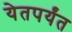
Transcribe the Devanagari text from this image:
येतपर्यंत